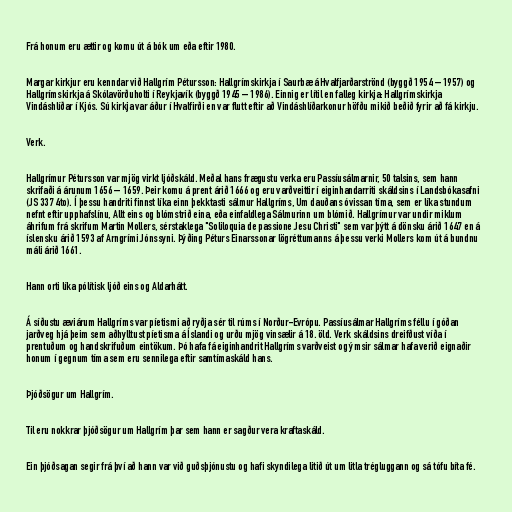
Frá honum eru ættir og komu út á bók um eða eftir 1980.

Margar kirkjur eru kenndar við Hallgrím Pétursson: Hallgrímskirkja í Saurbæ á Hvalfjarðarströnd (byggð 1954 – 1957) og
Hallgrímskirkja á Skólavörðuholti í Reykjavík (byggð 1945 – 1986). Einnig er lítil en falleg kirkja: Hallgrímskirkja
Vindáshlíðar í Kjós. Sú kirkja var áður í Hvalfirði en var flutt eftir að Vindáshlíðarkonur höfðu mikið beðið fyrir að fá kirkju.

Verk.

Hallgrímur Pétursson var mjög virkt ljóðskáld. Meðal hans frægustu verka eru Passíusálmarnir, 50 talsins, sem hann
skrifaði á árunum 1656 – 1659. Þeir komu á prent árið 1666 og eru varðveittir í eiginhandarriti skáldsins í Landsbókasafni
(JS 337 4to). Í þessu handriti finnst líka einn þekktasti sálmur Hallgríms, Um dauðans óvissan tíma, sem er líka stundum
nefnt eftir upphafslínu, Allt eins og blómstrið eina, eða einfaldlega Sálmurinn um blómið. Hallgrímur var undir miklum
áhrifum frá skrifum Martin Mollers, sérstaklega "Soliloquia de passione Jesu Christi" sem var þýtt á dönsku árið 1647 en á
íslensku árið 1593 af Arngrími Jónssyni. Þýðing Péturs Einarssonar lögréttumanns á þessu verki Mollers kom út á bundnu
máli árið 1661.

Hann orti líka pólítisk ljóð eins og Aldarhátt.

Á síðustu æviárum Hallgríms var píetismi að ryðja sér til rúms í Norður-Evrópu. Passíusálmar Hallgríms féllu í góðan
jarðveg hjá þeim sem aðhylltust píetisma á Íslandi og urðu mjög vinsælir á 18. öld. Verk skáldsins dreifðust víða í
prentuðum og handskrifuðum eintökum. Þó hafa fá eiginhandrit Hallgríms varðveist og ýmsir sálmar hafa verið eignaðir
honum í gegnum tíma sem eru sennilega eftir samtímaskáld hans.

Þjóðsögur um Hallgrím.

Til eru nokkrar þjóðsögur um Hallgrím þar sem hann er sagður vera kraftaskáld.

Ein þjóðsagan segir frá því að hann var við guðsþjónustu og hafi skyndilega litið út um litla trégluggann og sá tófu bíta fé.